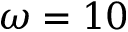
\omega = 1 0